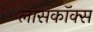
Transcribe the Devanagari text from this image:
लासकॉक्स